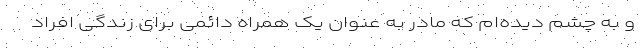
و به چشم دیده‌ام که مادر به عنوان یک همراه دائمی برای زندگی افراد